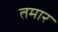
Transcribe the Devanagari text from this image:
तमार